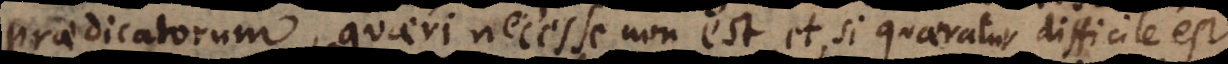
praedicatorum, quaeri necesse non est, et, si quaeratur difficile est